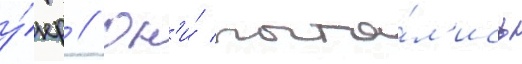
у́нр // Он'и́ пыта́л'ись